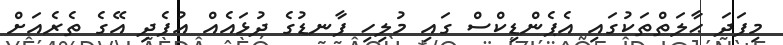
މިފަދަ ޙާލަތްތަކުގައި އެޕެންޑިކްސް ގައި މުލިހި ފާނޑުގެ ދުޅައެއް އުފެދި އޭގެ ތެރެއަށް